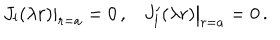
\left. J _ { l } ( \lambda r ) \right| _ { r = a } = 0 \, { , } \quad \left. J _ { l } ^ { \prime } ( \lambda r ) \right| _ { r = a } = 0 \, { . }